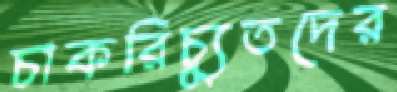
চাকরিচ্যুতদের